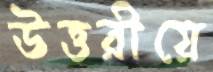
উত্তরীয়ে